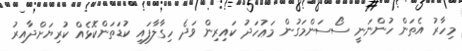
މިހާރު އެތަން ހުންނަނީ ސޯސަންމަގުން މަޢުހަދު ކައިރިން ވަދެ ހިގާލާފައި ކުޑަތަންކޮޅެއް ކުރިޔަށްދާއިރު